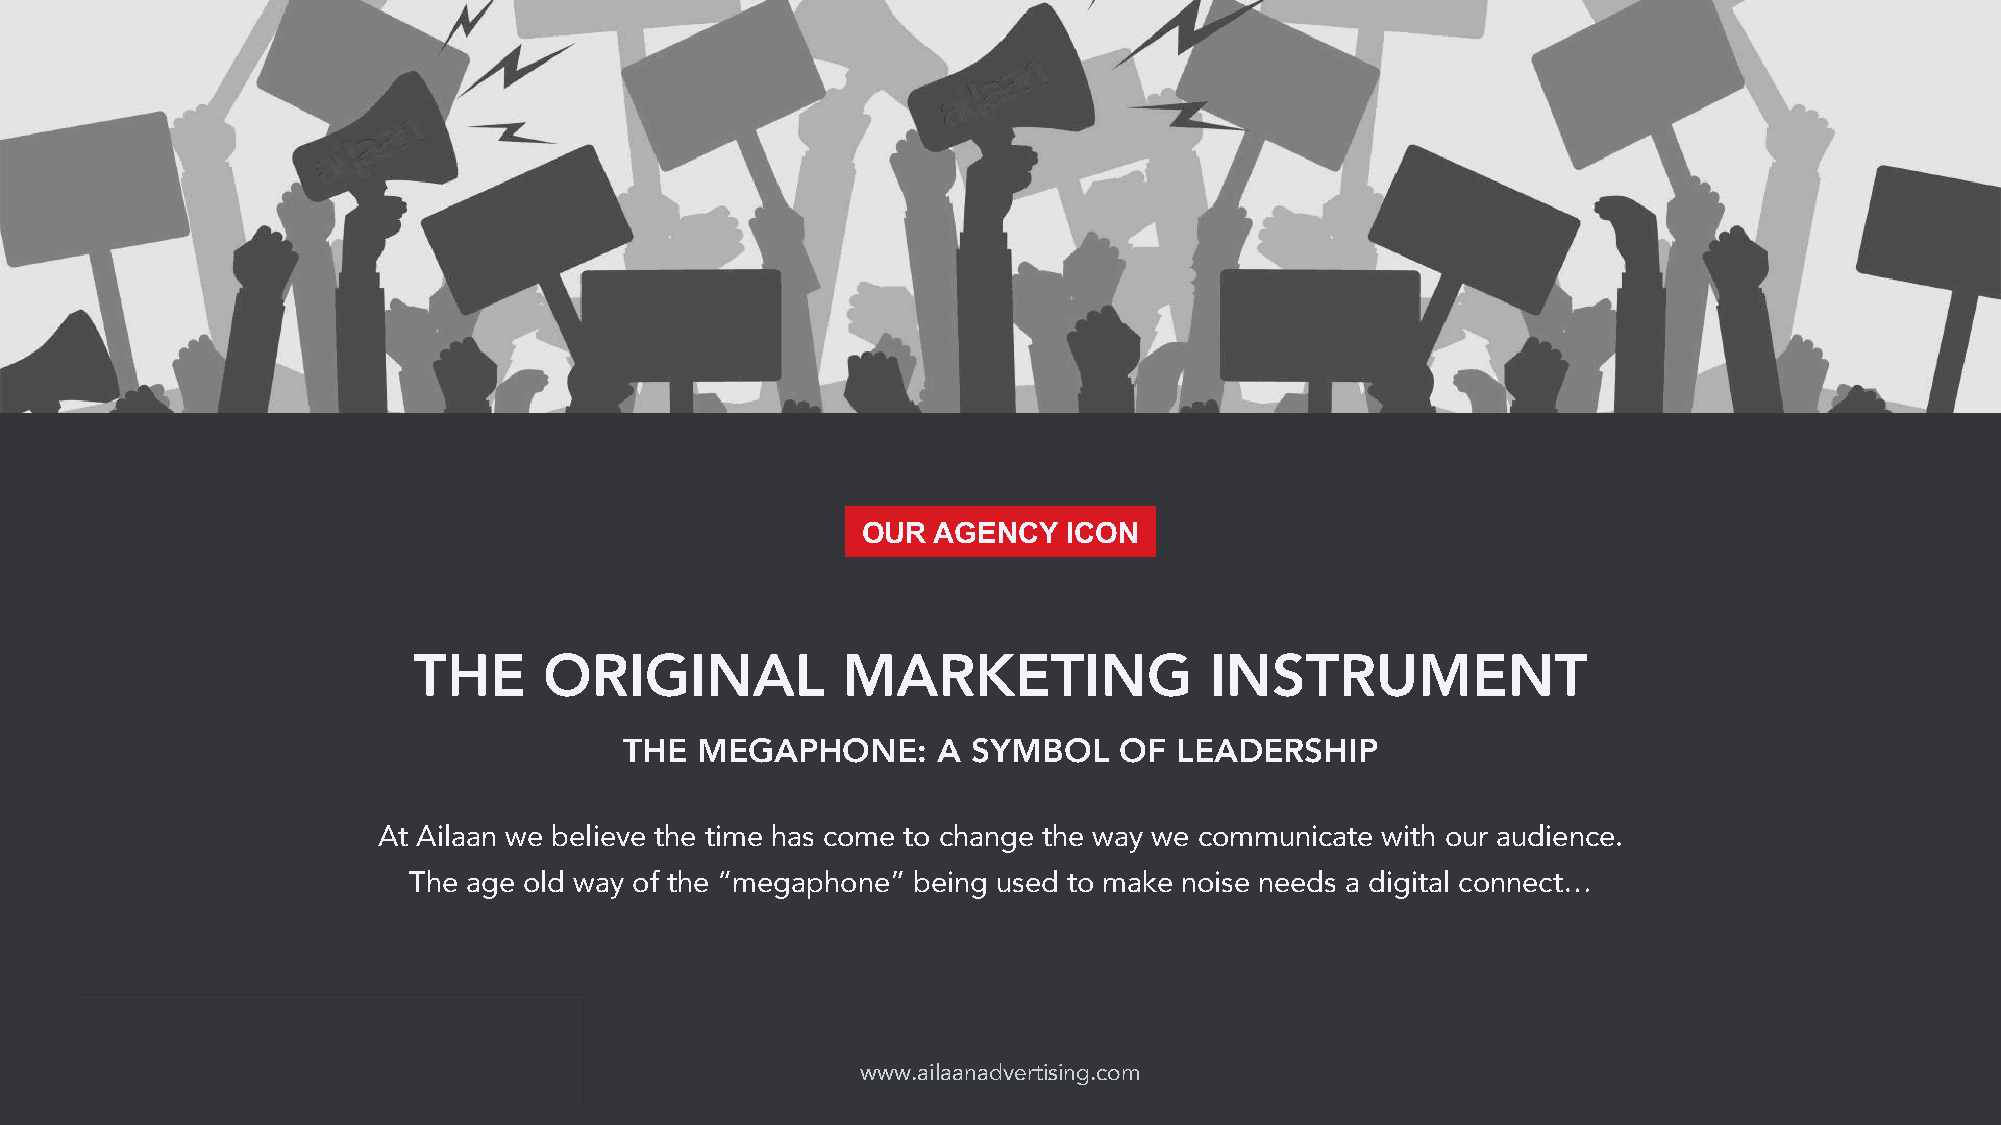
OUR  AGENCY   ICON
 THE      ORIGINAL            MARKETING               INSTRUMENT
 THE  MEGAPHONE:      A SYMBOL    OF  LEADERSHIP
 At Ailaan we believe the time has come to change the way we communicate with our audience.
 The age old way of the “megaphone” being used to make noise needs a digital connect…
 THE BUXE Company
 www.ailaanadvertising.com